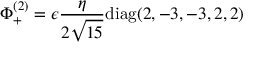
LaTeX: \Phi _ { + } ^ { ( 2 ) } = \epsilon { \frac { \eta } { 2 \sqrt { 1 5 } } } \mathrm { d i a g } ( 2 , - 3 , - 3 , 2 , 2 )